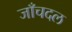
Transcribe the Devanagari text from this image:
जाँचदल